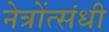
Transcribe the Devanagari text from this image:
नेत्रोंत्संधी